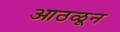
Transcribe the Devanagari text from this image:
आठळून